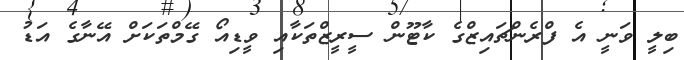
ބިލީ ވަނީ އެ ފްރެންޗައިޒްގެ ކާޓޫން ސީރީޒްތަކާއި ވީޑިއޯ ގޭމްތަކަށް އޭނާގެ އަޑު